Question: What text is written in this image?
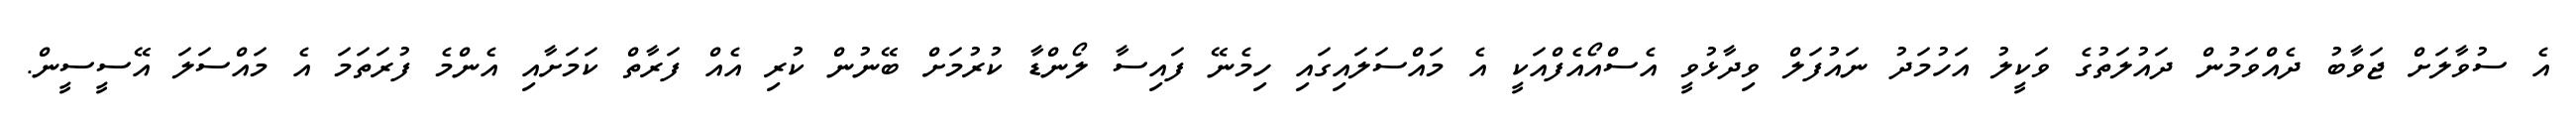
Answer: އެ ސުވާލަށް ޖަވާބު ދެއްވަމުން ދައުލަތުގެ ވަކީލު އަހުމަދު ނައުފަލް ވިދާޅުވީ އެސްއޯއެފްއަކީ އެ މައްސަލައިގައި ހިމެނޭ ފައިސާ ލޯންޑާ ކުރުމަށް ބޭނުން ކުރި އެއް ފަރާތް ކަމަށާއި އެންމެ ފުރަތަމަ އެ މައްސަލަ އޭސީސީން.